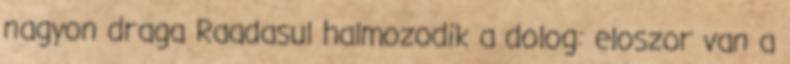
nagyon draga Raadasul halmozodik a dolog: eloszor van a